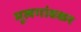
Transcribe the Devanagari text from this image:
मूलगांवकर